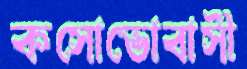
কসোভোবাসী